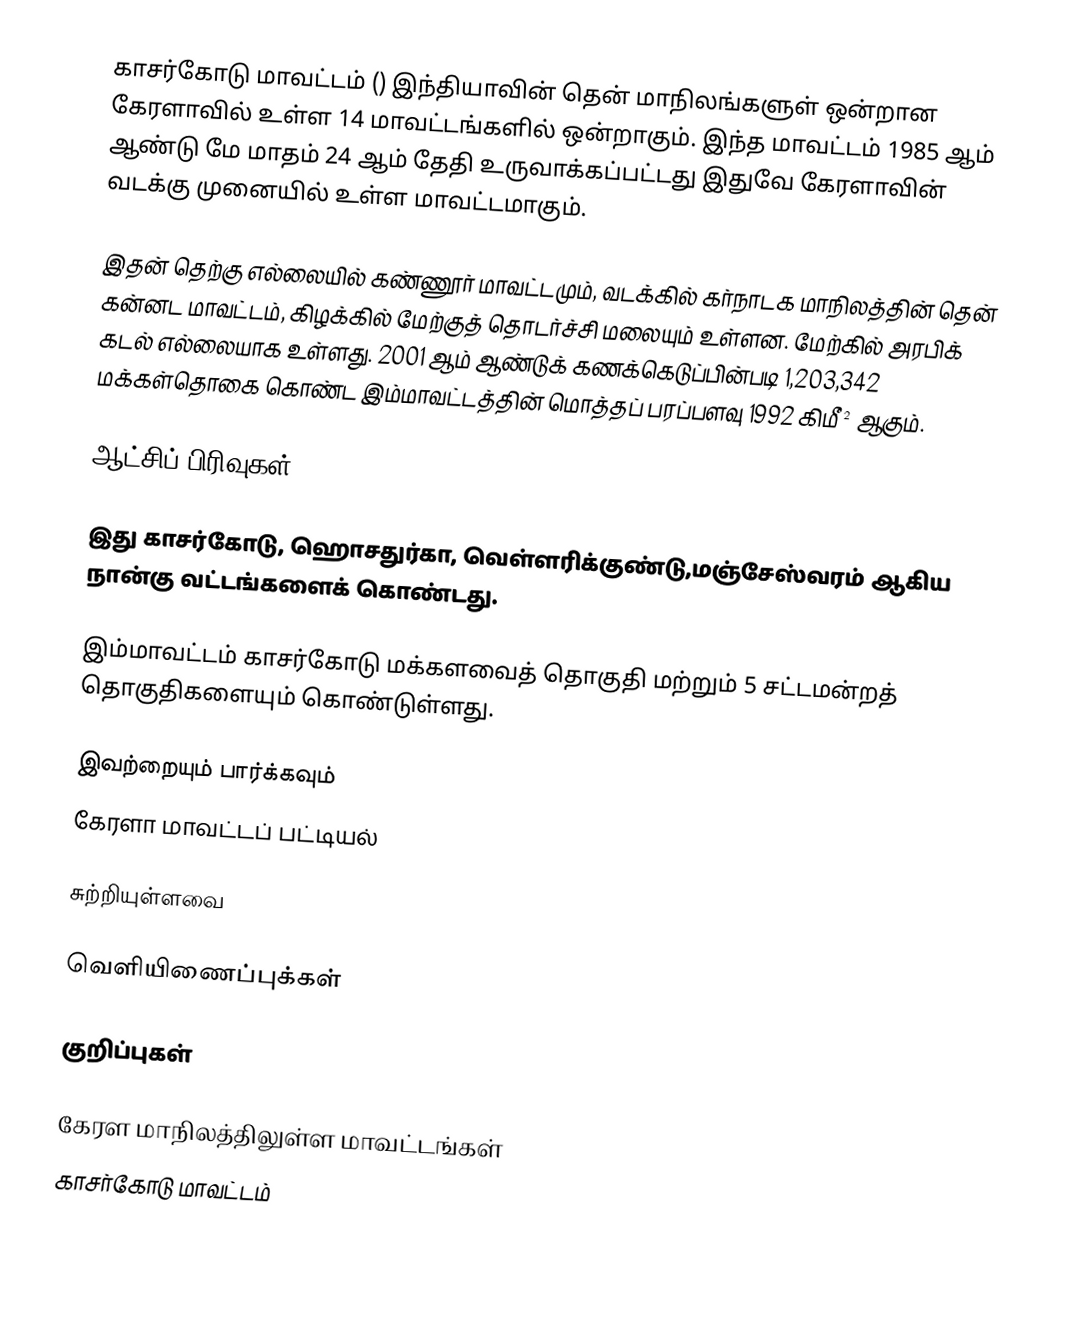
காசர்கோடு மாவட்டம் () இந்தியாவின் தென் மாநிலங்களுள் ஒன்றான கேரளாவில் உள்ள 14 மாவட்டங்களில் ஒன்றாகும். இந்த மாவட்டம் 1985 ஆம் ஆண்டு மே மாதம் 24 ஆம் தேதி உருவாக்கப்பட்டது இதுவே கேரளாவின் வடக்கு முனையில் உள்ள மாவட்டமாகும்.

இதன் தெற்கு எல்லையில் கண்ணூர் மாவட்டமும், வடக்கில் கர்நாடக மாநிலத்தின் தென் கன்னட மாவட்டம், கிழக்கில் மேற்குத் தொடர்ச்சி மலையும் உள்ளன. மேற்கில் அரபிக் கடல் எல்லையாக உள்ளது. 2001 ஆம் ஆண்டுக் கணக்கெடுப்பின்படி 1,203,342 மக்கள்தொகை கொண்ட இம்மாவட்டத்தின் மொத்தப் பரப்பளவு 1992 கிமீ² ஆகும்.

ஆட்சிப் பிரிவுகள்

இது காசர்கோடு, ஹொசதுர்கா, வெள்ளரிக்குண்டு,மஞ்சேஸ்வரம் ஆகிய நான்கு வட்டங்களைக் கொண்டது.

இம்மாவட்டம் காசர்கோடு மக்களவைத் தொகுதி மற்றும் 5 சட்டமன்றத் தொகுதிகளையும் கொண்டுள்ளது.

இவற்றையும் பார்க்கவும்
 கேரளா மாவட்டப் பட்டியல்

சுற்றியுள்ளவை

வெளியிணைப்புக்கள்

குறிப்புகள்

கேரள மாநிலத்திலுள்ள மாவட்டங்கள்
காசர்கோடு மாவட்டம்